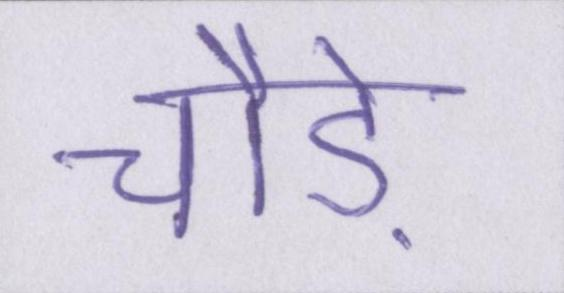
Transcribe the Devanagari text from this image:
चौड़े